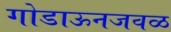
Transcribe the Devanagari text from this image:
गोडाऊनजवळ